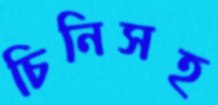
চিনিসহ